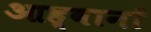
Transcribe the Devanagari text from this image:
आह्वानों